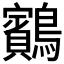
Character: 𪇕